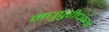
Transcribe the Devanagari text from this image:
मधुपुरीधन्या